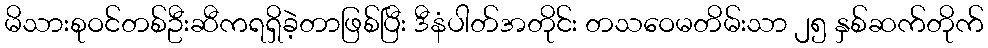
မိသားစုဝင်တစ်ဦးဆီကရရှိခဲ့တာဖြစ်ပြီး ဒီနံပါတ်အတိုင်း တသဝေမတိမ်းသာ ၂၅ နှစ်ဆက်တိုက်